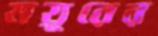
ময়ূরের